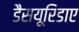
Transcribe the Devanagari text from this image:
डैसयूरिडाए